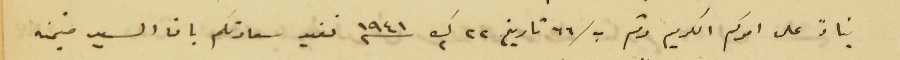
بناءً على امركم الكريم رقم ب/٦٦ تاريخ ٢٢ ك٢ سنه ١٩٤١ نفيد سعادتكم بان السيد منيمنه